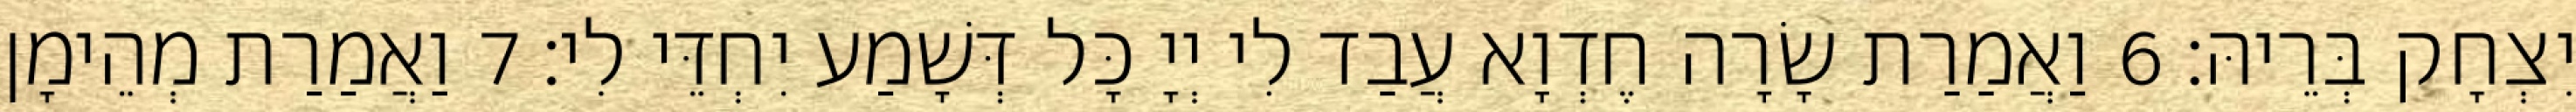
יִצְחָק בְּרֵיהּ׃ 6 וַאֲמַרַת שָׂרָה חֶדְוָא עֲבַד לִי יְיָ כָּל דְּשָׁמַע יִחְדֵּי לִי׃ 7 וַאֲמַרַת מְהֵימָן